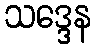
သဒ္ဒေန